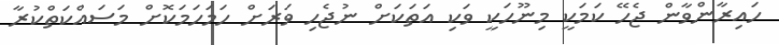
ހައިރާންވާން ޖެހޭ ކަމަކީ މިނޫހަކީ ވަކި އަތަކަށް ނުޖެހި ވަރަށް ހަމަހަމަކޮށް މަސައްކަތްކުރާ